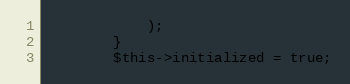
Language: PHP
            );
        }
        $this->initialized = true;